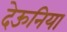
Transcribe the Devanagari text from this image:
देऊनिया